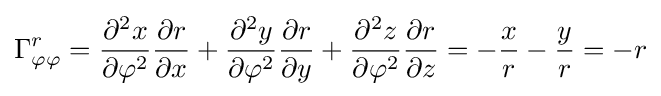
\Gamma _{\varphi \varphi }^{r}={\frac {\partial ^{2}x}{\partial \varphi ^{2}}}{\frac {\partial r}{\partial x}}+{\frac {\partial ^{2}y}{\partial \varphi ^{2}}}{\frac {\partial r}{\partial y}}+{\frac {\partial ^{2}z}{\partial \varphi ^{2}}}{\frac {\partial r}{\partial z}}=-{\frac {x}{r}}-{\frac {y}{r}}=-r